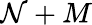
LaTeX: \mathcal{N}+M